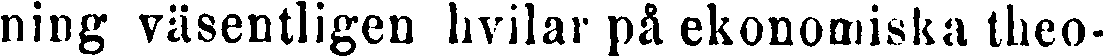
ning väsentligen hvilar på ekonomiska theo-